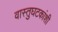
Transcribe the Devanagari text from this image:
वास्तुघटकांशी